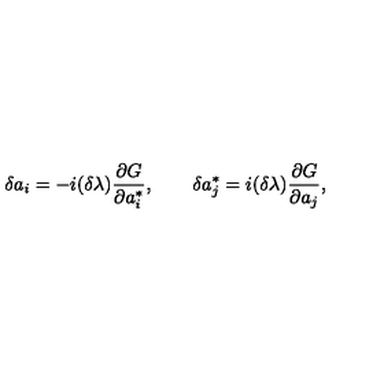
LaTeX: \delta a _ { i } = - { i } ( \delta \lambda ) { \frac { \partial G } { \partial a _ { i } ^ { * } } } , \qquad \delta a _ { j } ^ { * } = { i } ( \delta \lambda ) { \frac { \partial G } { \partial a _ { j } } } ,